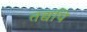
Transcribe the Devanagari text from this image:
तद्यपि